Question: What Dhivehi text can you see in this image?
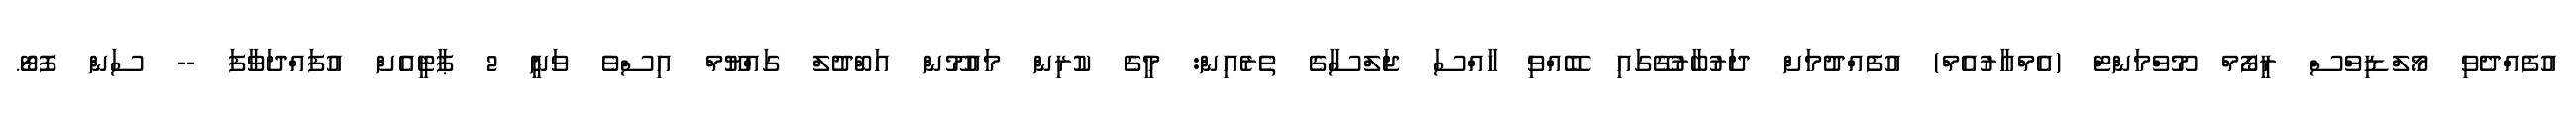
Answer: އުފެއްދެވި މޯލްޑިވްސް ރީފޯމް މޫވްމަންޓް (އެމްއާރުއެމް) އުފެއްދުމަށް ދަރުބާރުގޭގައި ބޭއްވި ހާއްސަ ޖަލްސާގެ ތެރެއިން: މީގެ ކުރިން މައުމޫން އަބްދުލް ގައްޔޫމް އިސްވެ ވަނީ 2 ޕާޓީއެށް އުފައްދަވާފަ -- ސަން ފޮޓޯ.